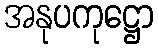
အနုပကုဋ္ဌော